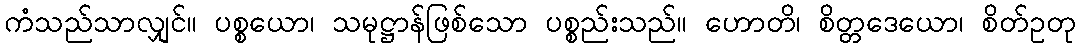
ကံသည်သာလျှင်။ ပစ္စယော၊ သမုဋ္ဌာန်ဖြစ်သော ပစ္စည်းသည်။ ဟောတိ၊ စိတ္တဒေယော၊ စိတ်ဥတု